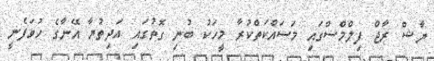
ޔާޝް ރާޖް ފިލްމްސްގައި މަސައްކަތްކުރާ މީހަކު ބުނި ގޮތުގައި އަދިތުޔާ އޭނާގެ ހުވަފެނީ